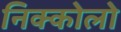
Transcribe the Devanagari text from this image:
निक्कोलो